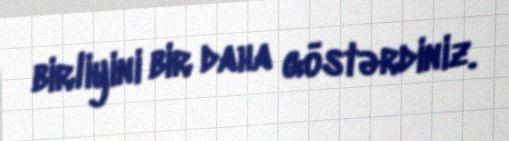
birliyini bir daha göstərdiniz.